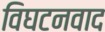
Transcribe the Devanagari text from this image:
विघटनवाद